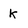
Character: k